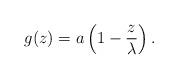
LaTeX: \begin{align*}g(z)=a\left(1-\frac{z}{\lambda}\right).\end{align*}